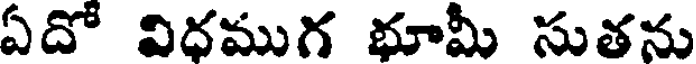
ఏదో విధముగ భూమీ సుతను